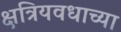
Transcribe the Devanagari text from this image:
क्षत्रियवधाच्या